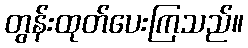
တွန်းထုတ်ပေးကြသည်။